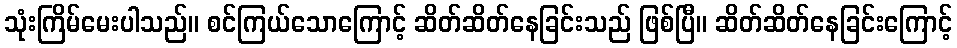
သုံးကြိမ်မေးပါသည်။ စင်ကြယ်သောကြောင့် ဆိတ်ဆိတ်နေခြင်းသည် ဖြစ်ပြီ။ ဆိတ်ဆိတ်နေခြင်းကြောင့်